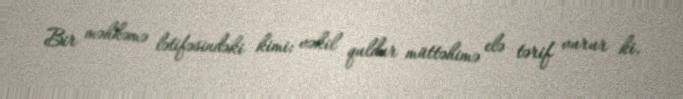
Bir məhkəmə lətifəsindəki kimi: vəkil quldur müttəhimə elə tərif vurur ki,